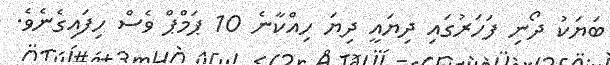
ބަޔަކު ދޯނި ފަހަރުގައި ދިޔައީ ދިޔަ ހިއްކާނެ 10 ޕަމްޕް ވެސް ހިފައިގެނެވެ.